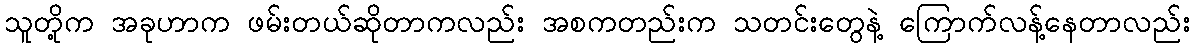
သူတို့က အခုဟာက ဖမ်းတယ်ဆိုတာကလည်း အစကတည်းက သတင်းတွေနဲ့ ကြောက်လန့်နေတာလည်း